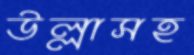
উল্লাসহ